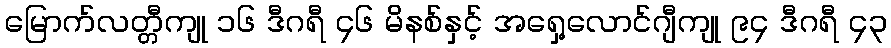
မြောက်လတ္တီကျု ၁၆ ဒီဂရီ ၄၆ မိနစ်နှင့် အရှေ့လောင်ဂျီကျု ၉၄ ဒီဂရီ ၄၃